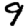
Digit: 9